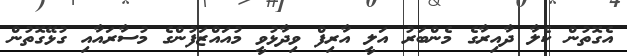
އެގޮތުން ކެލާ ދާއިރާގެ މެންބަރު އަލީ އާރިފް ވިދާޅުވީ މުއައްޒަފުންގެ މުސާރައާއި ގުޅޭގޮތުން